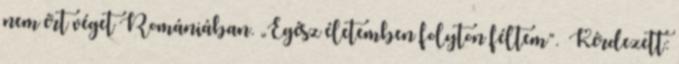
nem ért véget Romániában. „Egész életemben folyton féltem”. Kérdezett: